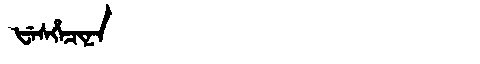
Manchu: ᡶᡝᠰᡥᡝᠴᡳᠨᠠ
Romanization: FESHECINA